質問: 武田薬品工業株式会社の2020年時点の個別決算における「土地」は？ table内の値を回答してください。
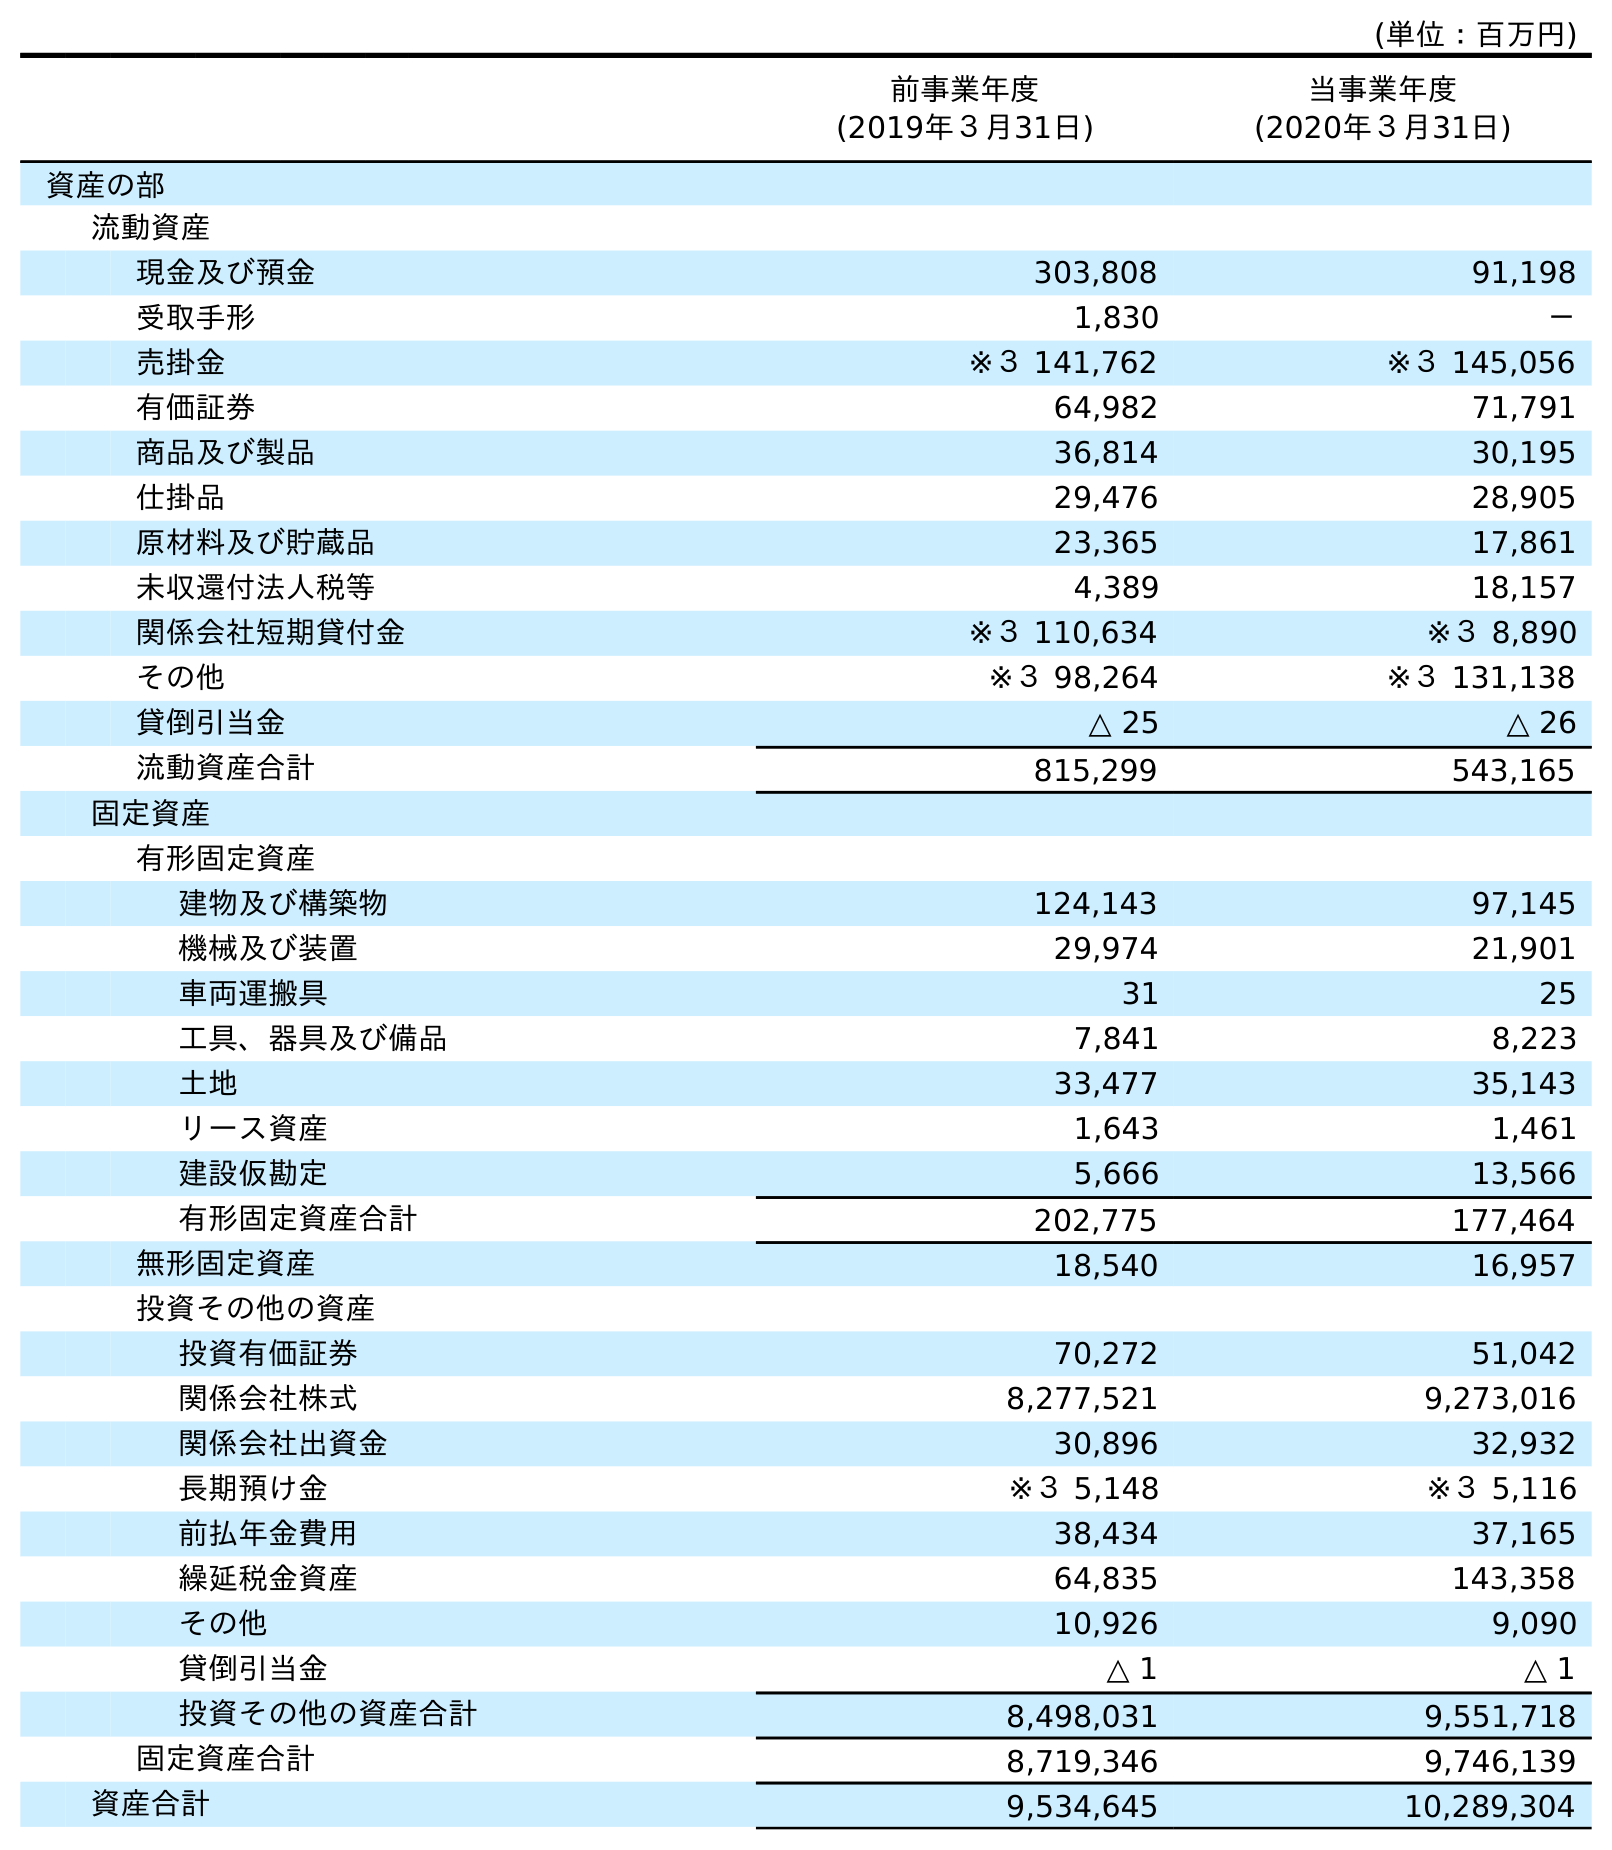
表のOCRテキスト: (単位：百万円) 前事業年度 (2019年３月31日) 当事業年度 (2020年３月31日) 資産の部 流動資産 現金及び預金 303,808 91,198 受取手形 1,830 － 売掛金 ※３ 141,762 ※３ 145,056 有価証券 64,982 71,791 商品及び製品 36,814 30,195 仕掛品 29,476 28,905 原材料及び貯蔵品 23,365 17,861 未収還付法人税等 4,389 18,157 関係会社短期貸付金 ※３ 110,634 ※３ 8,890 その他 ※３ 98,264 ※３ 131,138 貸倒引当金 △ 25 △ 26 流動資産合計 815,299 543,165 固定資産 有形固定資産 建物及び構築物 124,143 97,145 機械及び装置 29,974 21,901 車両運搬具 31 25 工具、器具及び備品 7,841 8,223 土地 33,477 35,143 リース資産 1,643 1,461 建設仮勘定 5,666 13,566 有形固定資産合計 202,775 177,464 無形固定資産 18,540 16,957 投資その他の資産 投資有価証券 70,272 51,042 関係会社株式 8,277,521 9,273,016 関係会社出資金 30,896 32,932 長期預け金 ※３ 5,148 ※３ 5,116 前払年金費用 38,434 37,165 繰延税金資産 64,835 143,358 その他 10,926 9,090 貸倒引当金 △ 1 △ 1 投資その他の資産合計 8,498,031 9,551,718 固定資産合計 8,719,346 9,746,139 資産合計 9,534,645 10,289,304
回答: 35,143